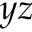
y z